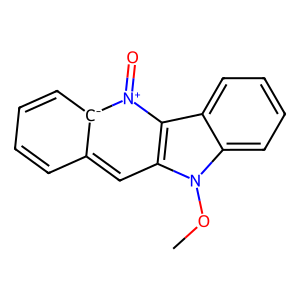
SMILES: COn1c2ccccc2c2c1cc1cccc[c-]1[n+]2=O
Inhibits HIV replication: No